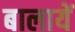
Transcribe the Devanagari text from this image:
बालायें